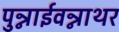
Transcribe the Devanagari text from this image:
पुन्नाईवन्नाथर